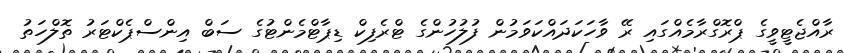
ރާއްޖެޓީވީގެ ޕްރޮގްރާމެއްގައި ރޭ ވާހަކަދައްކަވަމުން ފުލުހުންގެ ޓްރެފިކް ޑިޕާޓްމެންޓުގެ ސަބް އިންސްޕެކްޓަރު ތޮލްހަތު